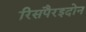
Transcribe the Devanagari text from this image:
रिसपैरइदोन